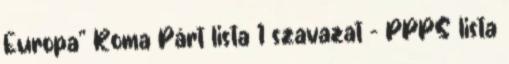
Europa” Roma Párt lista 1 szavazat – PPPS lista